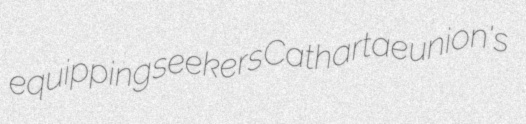
equipping seekers Cathartae union's